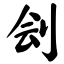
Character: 刽